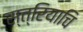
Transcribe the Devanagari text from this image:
स्त्रियाचि